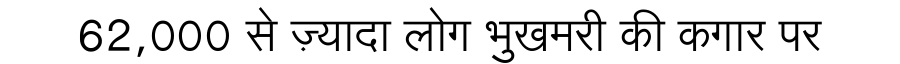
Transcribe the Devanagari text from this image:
62,000 से ज़्यादा लोग भुखमरी की कगार पर